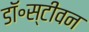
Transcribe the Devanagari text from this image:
डॉ॰स्टीवन